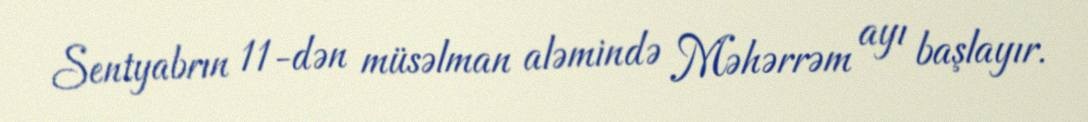
Sentyabrın 11-dən müsəlman aləmində Məhərrəm ayı başlayır.